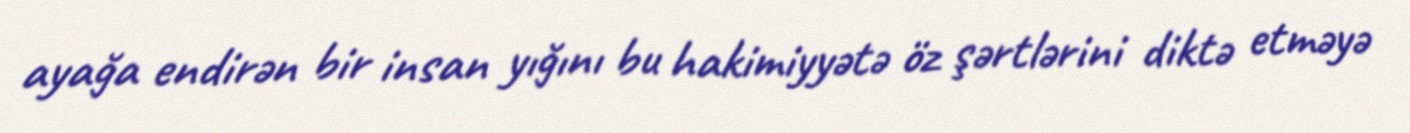
ayağa endirən bir insan yığını bu hakimiyyətə öz şərtlərini diktə etməyə